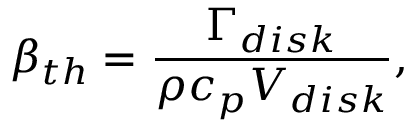
\beta _ { t h } = \frac { \Gamma _ { d i s k } } { \rho c _ { p } V _ { d i s k } } ,